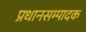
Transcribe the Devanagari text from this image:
प्रधानसम्पादक